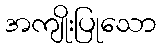
အကျိုးပြုသော